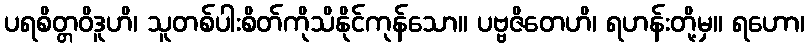
ပရစိတ္တဝိဒူဟိ၊ သူတစ်ပါးစိတ်ကိုသိနိုင်ကုန်သော။ ပဗ္ဗဇိတေဟိ၊ ရဟန်းတို့မှ။ ရဟော၊